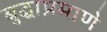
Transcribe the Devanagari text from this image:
बुद्धाप्रमाणे